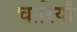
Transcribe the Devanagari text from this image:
चारियाँ